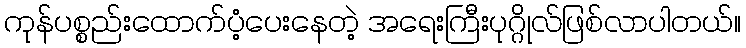
ကုန်ပစ္စည်းထောက်ပံ့ပေးနေတဲ့ အရေးကြီးပုဂ္ဂိုလ်ဖြစ်လာပါတယ်။